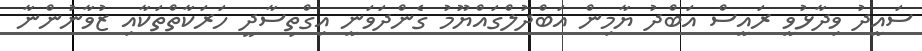
ސައީދު ވިދާޅުވީ ރައީސް އަބްދު ޔާމިން އަބްދުލްގައްޔޫމު ގެންދަވަނީ އިގްތިސާދީ ހަރަކާތްތަކާއި ޒުވާނުންނާ